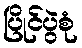
ပြိုင်ပွဲစုံ